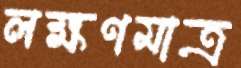
লক্ষণমাত্র